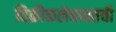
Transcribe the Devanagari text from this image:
विक्रीकलेबाबतची